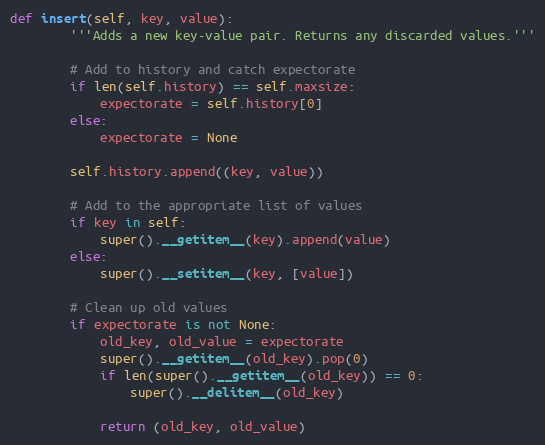
Language: Python
def insert(self, key, value):
        '''Adds a new key-value pair. Returns any discarded values.'''

        # Add to history and catch expectorate
        if len(self.history) == self.maxsize:
            expectorate = self.history[0]
        else:
            expectorate = None

        self.history.append((key, value))

        # Add to the appropriate list of values
        if key in self:
            super().__getitem__(key).append(value)
        else:
            super().__setitem__(key, [value])

        # Clean up old values
        if expectorate is not None:
            old_key, old_value = expectorate
            super().__getitem__(old_key).pop(0)
            if len(super().__getitem__(old_key)) == 0:
                super().__delitem__(old_key)

            return (old_key, old_value)